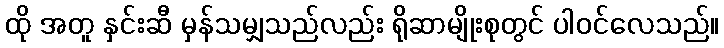
ထို အတူ နှင်းဆီ မှန်သမျှသည်လည်း ရိုဆာမျိုးစုတွင် ပါဝင်လေသည်။